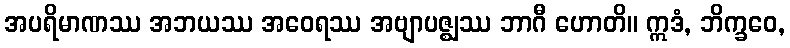
အပရိမာဏဿ အဘယဿ အဝေရဿ အဗျာပဇ္ဈဿ ဘာဂီ ဟောတိ။ ဣဒံ, ဘိက္ခဝေ,